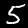
Label: 5